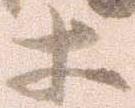
等